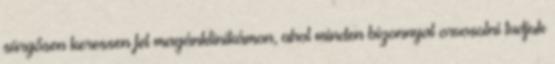
sürgősen keressen fel magánklinikámon, ahol minden bizonnyal orvosolni tudjuk